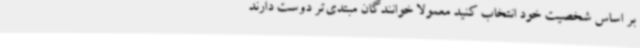
بر اساس شخصیت خود انتخاب کنید معمولا خوانندگان مبتدی‌تر دوست دارند